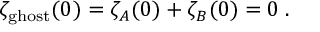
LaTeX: \zeta _ { \mathrm { g h o s t } } ( 0 ) = \zeta _ { \cal A } ( 0 ) + \zeta _ { \cal B } ( 0 ) = 0 \; .